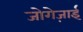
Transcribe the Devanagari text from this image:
जोगेज़ाई